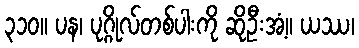
၃၁၀။ ပန၊ ပုဂ္ဂိုလ်တစ်ပါးကို ဆိုဦးအံ့။ ယဿ၊